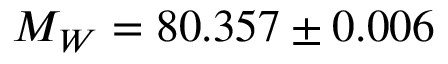
M _ { W } = 8 0 . 3 5 7 \pm 0 . 0 0 6